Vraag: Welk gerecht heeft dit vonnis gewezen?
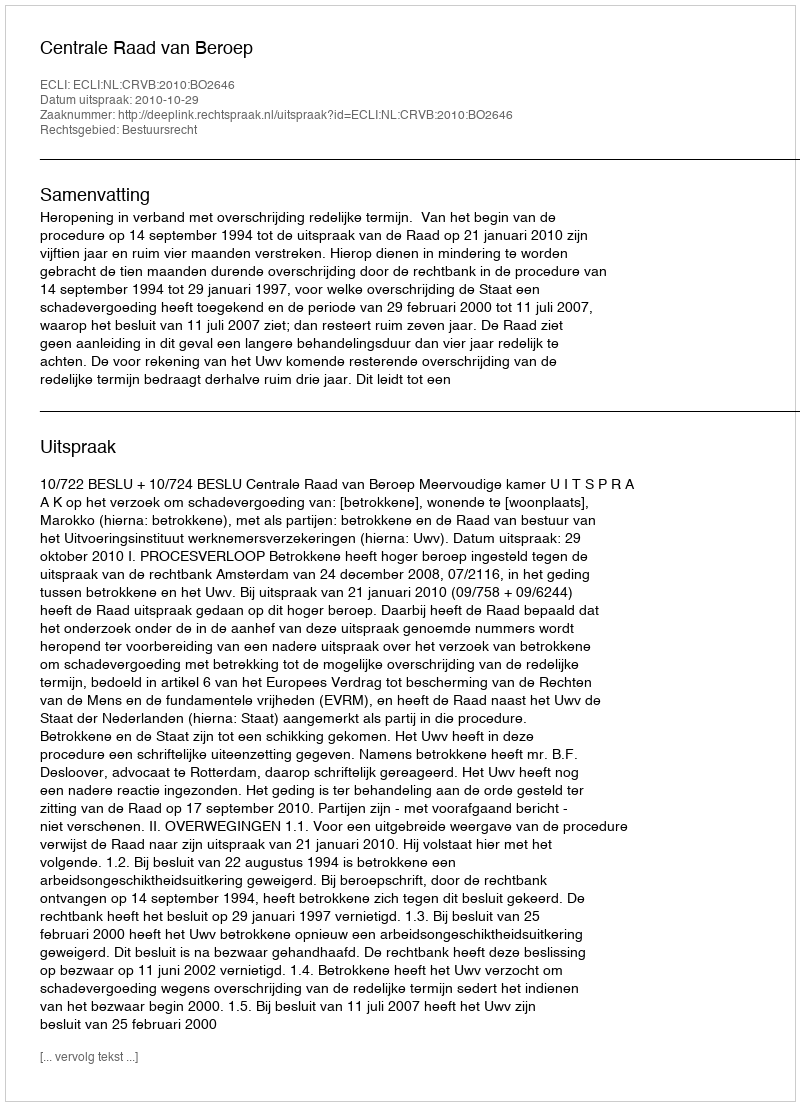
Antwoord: Centrale Raad van Beroep